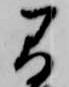
間